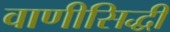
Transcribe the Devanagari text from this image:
वाणीसिद्धी